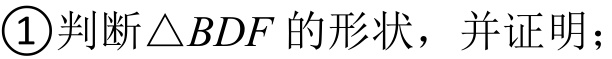
\textcircled{1}判断\(\triangle BDF\)的形状，并证明；